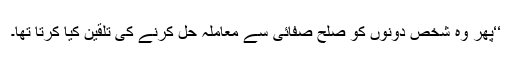
‘‘پھر وہ شخص دونوں کو صلح صفائی سے معاملہ حل کرنے کی تلقین کیا کرتا تھا۔